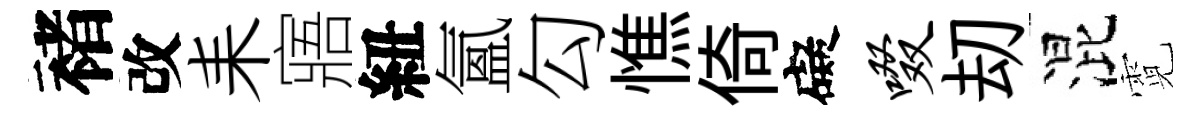
褚改耒寤紐氳勾憔倚礙啜刧混霓